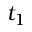
t _ { 1 }